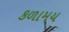
કળામય